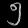
Digit: ၅